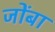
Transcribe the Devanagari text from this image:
जोंबा